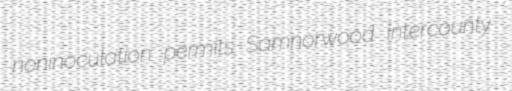
noninoculation permits Samnorwood intercounty